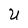
Character: U